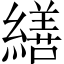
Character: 繕